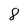
Character: 8